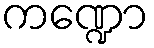
ကဏ္ဍော